342_HS1-416511228_319.1 Flying Discs 1949
Agency: Department of War
Incident date: 1/9/50
Page 53
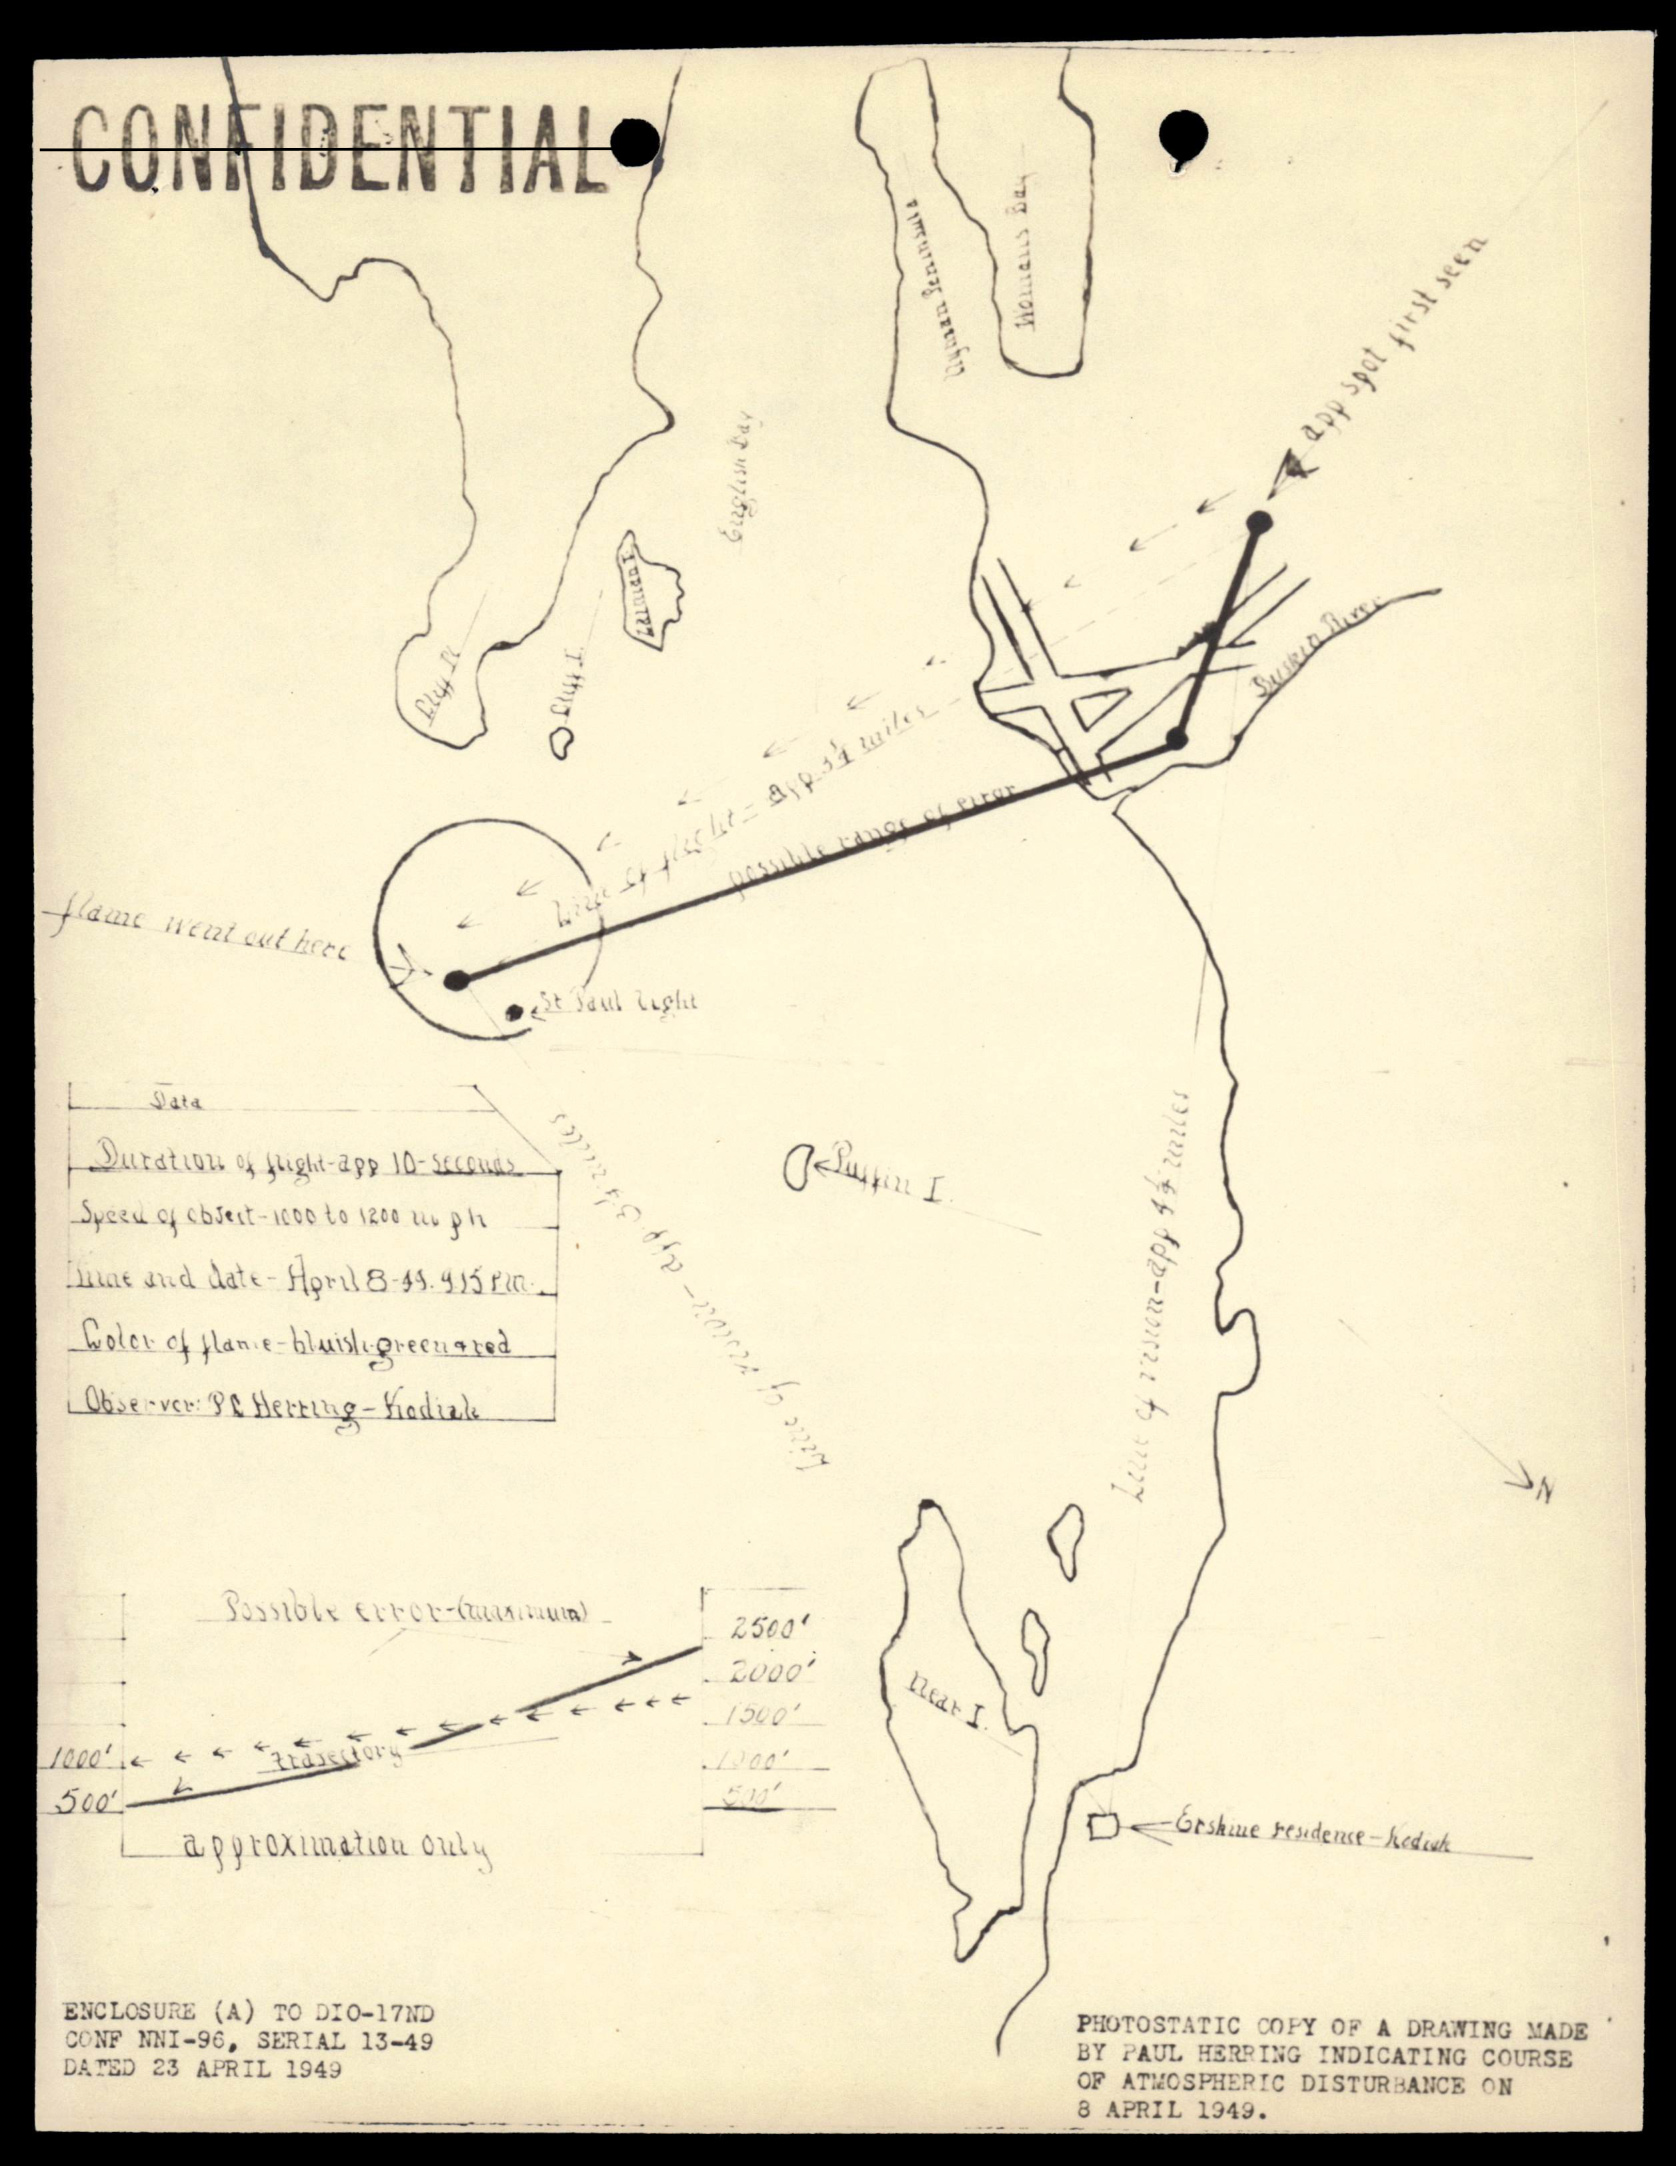